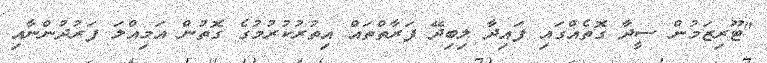
"ޓޫރިޒަމުން ސީދާ ގޮތެއްގައި ފައިދާ ލިބިދޭ ފަރާތްތައް އިތުރުކުރުމުގެ ގޮތުން އަމިއްލަ ފަރުދުންނާއި